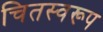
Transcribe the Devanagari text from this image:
चितस्वरूप